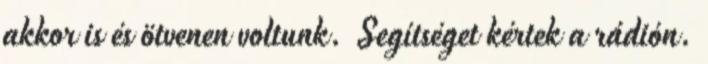
akkor is és ötvenen voltunk. Segítséget kértek a rádión.